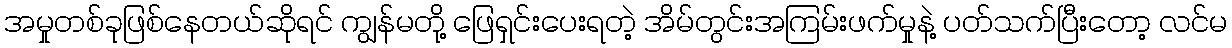
အမှုတစ်ခုဖြစ်နေတယ်ဆိုရင် ကျွန်မတို့ ဖြေရှင်းပေးရတဲ့ အိမ်တွင်းအကြမ်းဖက်မှုနဲ့ ပတ်သက်ပြီးတော့ လင်မ